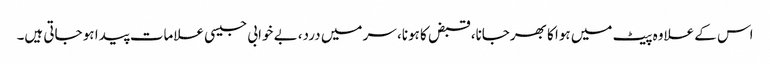
اس کے علاوہ پیٹ میں ہوا کا بھرجانا، قبض کا ہونا، سر میں درد، بے خوابی جیسی علامات پیدا ہو جاتی ہیں۔